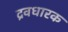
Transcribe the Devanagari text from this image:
द्रवधारक